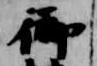
御